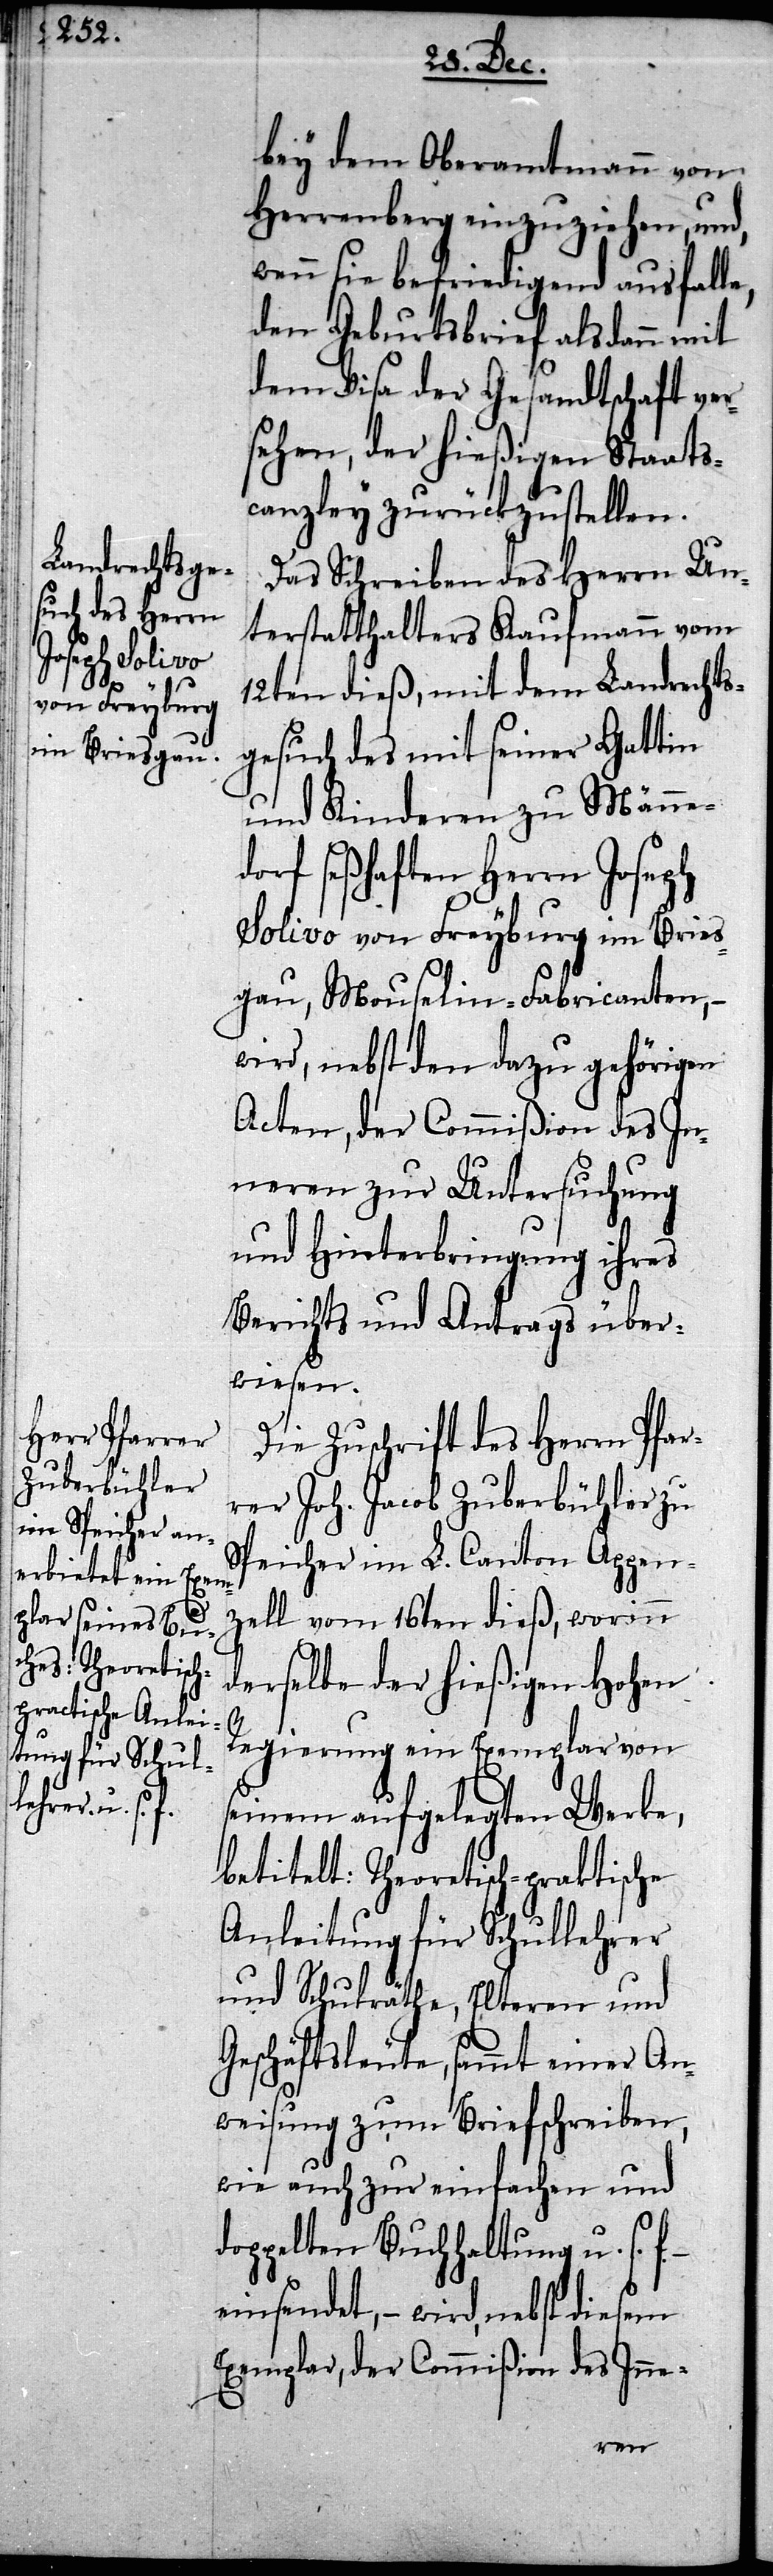
bey dem Oberamtmann von
Herrenberg einzuziehen, und,
wenn sie befriedigend ausfall¬
den Geburtsbrief alsdann mit
dem Visa der Gesandtschaft ver¬
sehen, der hießigen Staats¬
canzley zurückzustellen.
Das Schreiben des Herrn Un¬
terstatthalters Kaufmann vom
12ten dieß, mit dem Landrechts¬
gesuch des mit seiner Gattin
und Kinderen zu Männed¬
orf seßhaften Herrn Joseph
Solivo von Freyburg im Bries¬
gau, Mouselin-Fabricanten, –
wird, nebst den dazu gehörigen
Acten, der Commißion des In¬
neren zur Untersuchung
und Hinterbringung ihres
Berichts und Antrags über¬
wiesen.
Die Zuschrift des Herrn Pfar¬
rer Joh. Jacob Zuberbühler zu
Speicher im L. Canton Appen¬
zell vom 16ten dieß, worinn
derselbe der hießigen Hohen
Regierung ein Exemplar von
seinem aufgelegten Werke,
betitelt: Theoretisch-praktische
Anleitung für Schullehrer
und Schulräthe, Elteren und
Geschäftsleute, sammt einer An¬
weisung zum Briefschreiben,
wie auch zur einfachen und
doppelten Buchhaltung u. s. f.
einsendet, – wird, nebst diesem
Exemplar, der Commißion des Inne-
e,